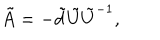
\tilde { A } = - \tilde { d } \tilde { U } { \tilde { U } } ^ { - 1 } ,